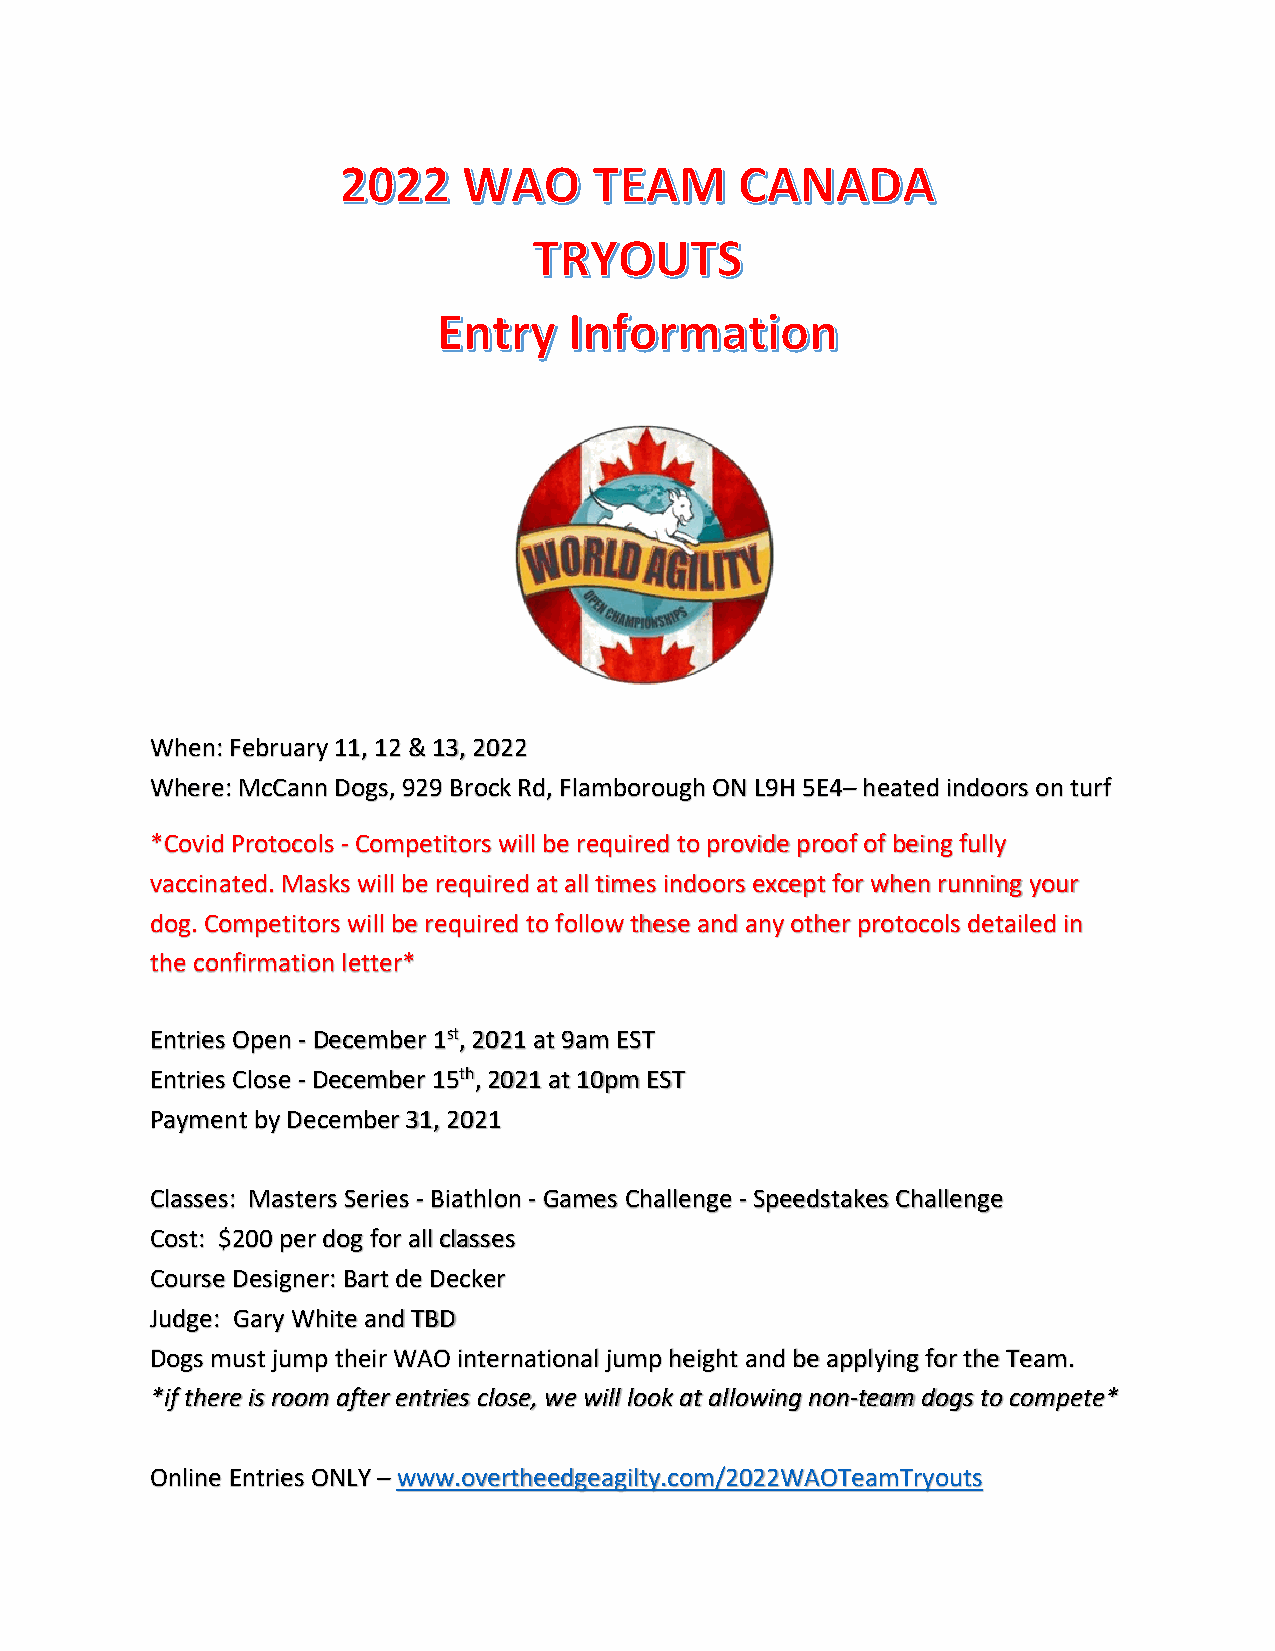
When: February 11, 12 & 13, 2022
 Where: McCann Dogs, 929 Brock Rd, Flamborough ON L9H 5E4– heated indoors on turf
 *Covid Protocols - Competitors will be required to provide proof of being fully
 vaccinated. Masks will be required at all times indoors except for when running your
 dog. Competitors will be required to follow these and any other protocols detailed in
 the confirmation letter*
 Entries Open - December 1st, 2021 at 9am EST
 Entries Close - December 15th, 2021 at 10pm EST
 Payment by December 31, 2021
 Classes: Masters Series - Biathlon - Games Challenge - Speedstakes Challenge
 Cost: $200 per dog for all classes
 Course Designer: Bart de Decker
 Judge: Gary White and TBD
 Dogs must jump their WAO international jump height and be applying for the Team.
 *if there is room after entries close, we will look at allowing non-team dogs to compete*
 Online Entries ONLY – www.overtheedgeagilty.com/2022WAOTeamTryouts